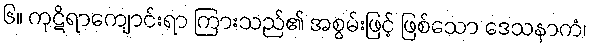
၆။ ကုဋိရာကျောင်းရာ ကြားသည်၏ အစွမ်းဖြင့် ဖြစ်သော ဒေသနာကံ၊